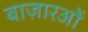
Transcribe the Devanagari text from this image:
बाज़ारओं